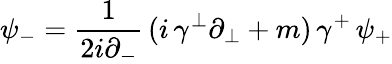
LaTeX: \psi_{-}=\frac{1}{2i\partial_{-}}\, (i\, \gamma^{\perp}\partial_{\perp}+m)\, \gamma^{+}\, \psi_{+}